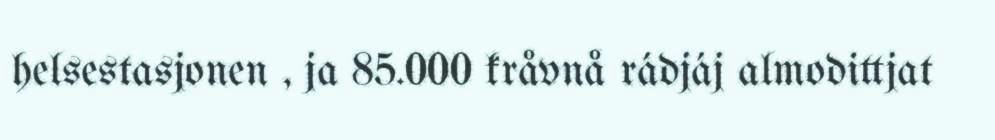
helsestasjonen , ja 85.000 kråvnå rádjáj almodittjat